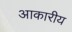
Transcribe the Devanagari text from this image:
आकारीय